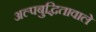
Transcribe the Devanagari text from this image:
अल्पबुद्धितावाले